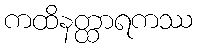
ကထိနတ္ထာရကဿ